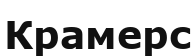
Крамерс